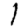
Digit: 1